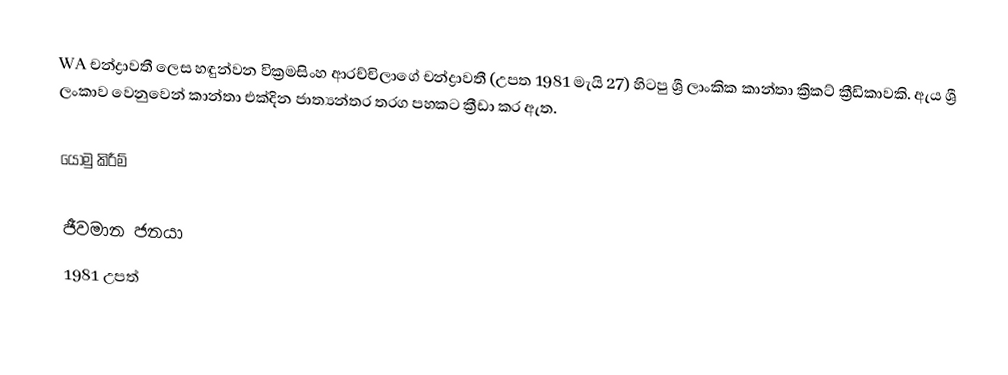
WA චන්ද්‍රාවතී ලෙස හඳුන්වන වික්‍රමසිංහ ආරච්චිලාගේ චන්ද්‍රාවතී (උපත 1981 මැයි 27) හිටපු ශ්‍රී ලාංකික කාන්තා ක්‍රිකට් ක්‍රීඩිකාවකි. ඇය ශ්‍රී ලංකාව වෙනුවෙන් කාන්තා එක්දින ජාත්‍යන්තර තරග පහකට ක්‍රීඩා කර ඇත.

යොමු කිරීම්

ජීවමාන ජනයා
1981 උපත්